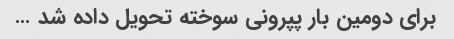
برای دومین بار پپرونی سوخته تحویل داده شد …